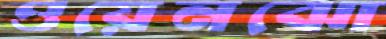
ওয়েনঝো